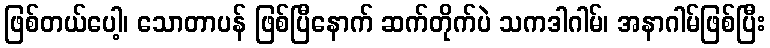
ဖြစ်တယ်ပေါ့၊ သောတာပန် ဖြစ်ပြီနောက် ဆက်တိုက်ပဲ သကဒါဂါမ်၊ အနာဂါမ်ဖြစ်ပြီး